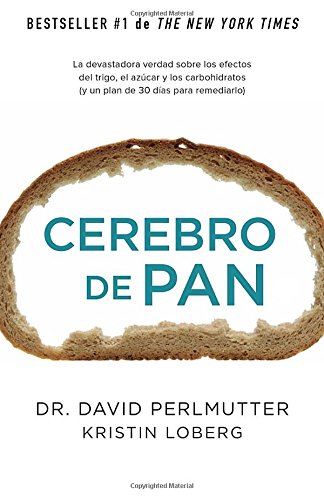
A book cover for Cerebro de pan: (Grain Brain) (Spanish Edition); David Perlmutter M.D.; Health, Fitness & Dieting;